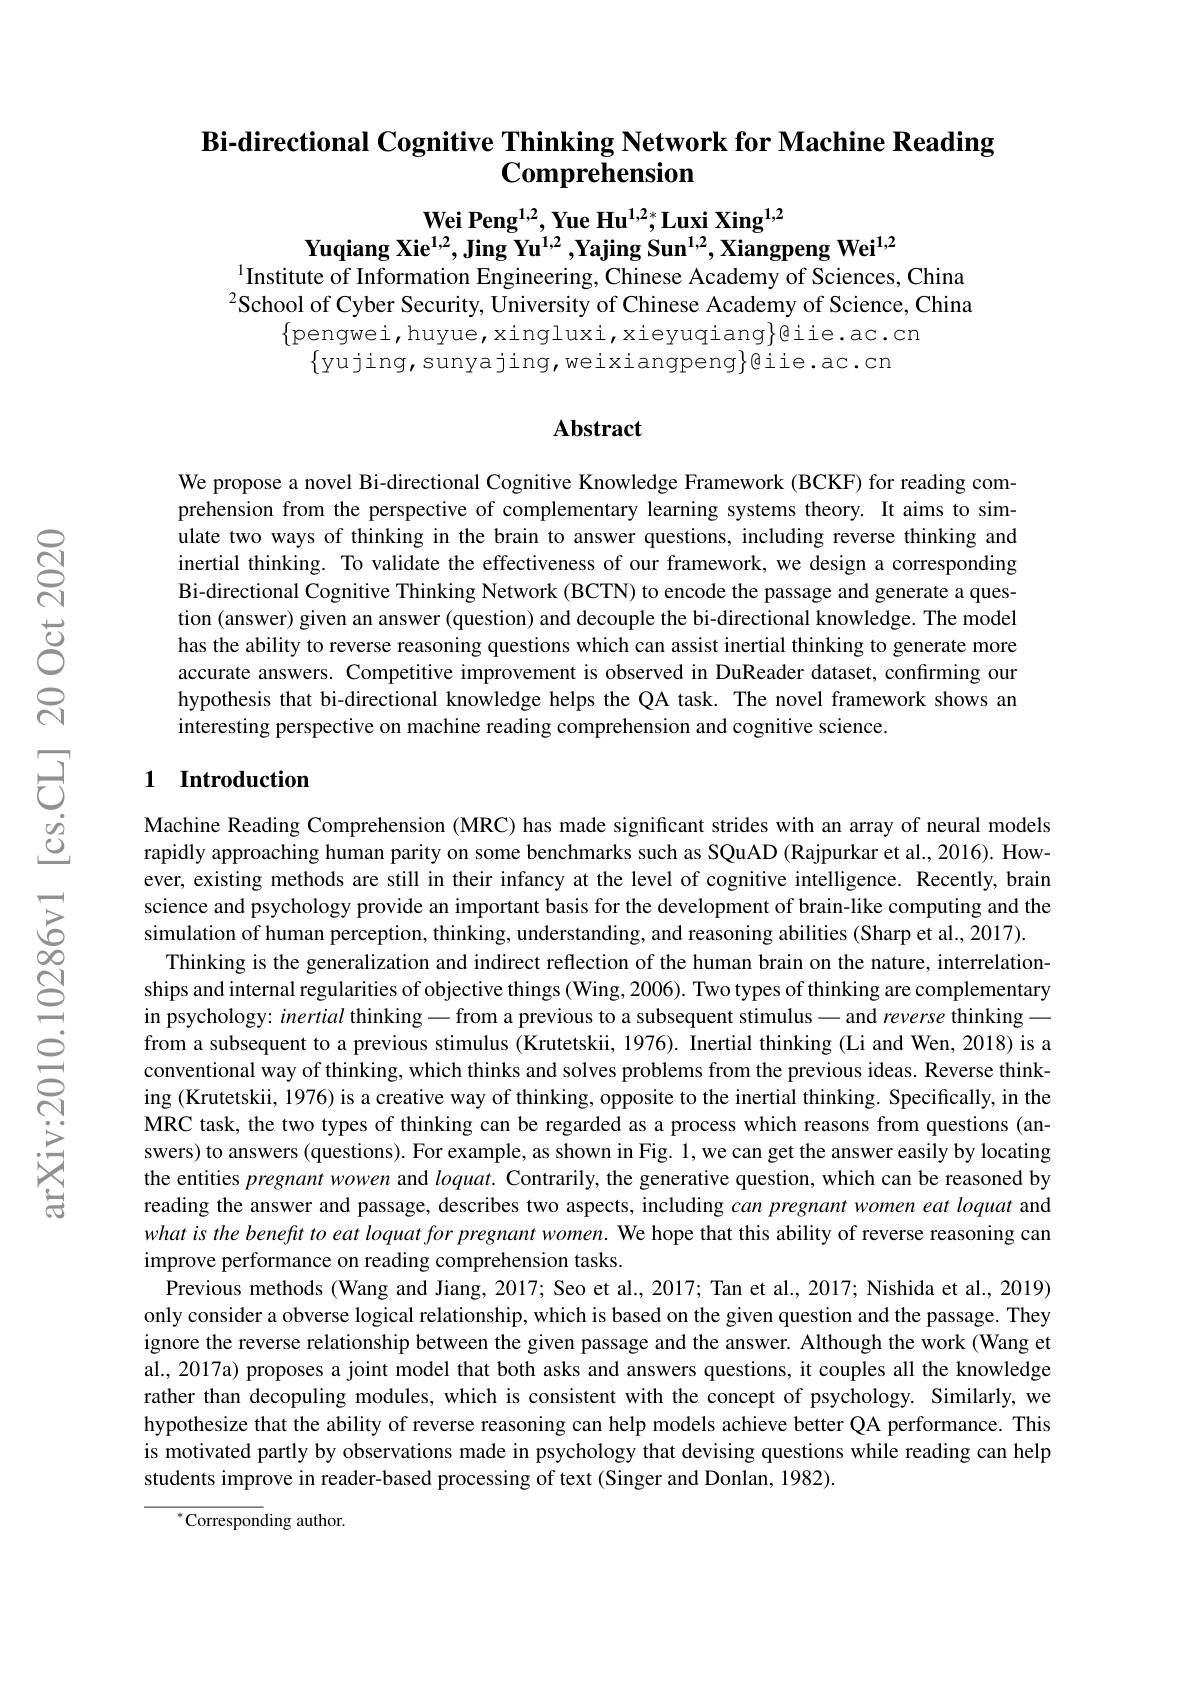
# Bi-directional Cognitive Thinking Network for Machine Reading $\mathbf{Comprehension}$

Wei Peng$^{1,2}$,Yue Hu$^{1,2*}$,Luxi Xing$^{1,2}$
Yuqiang Xie$^{1,2},\textbf{Jing Yu}^{1,2}$,Yajing Sun$^1,2$,Xiangpeng Wei$^{1,2}$
$^{1}$Institute of Information Engineering, Chinese Academy of Sciences, China

$^{2}$School of Cyber Security, University of Chinese Academy of Science, China
$\{$pengwei,huyue,xingluxi,xieyuqiang$\}$giie.ac.cn
$\{$yujing,sunyajing,weixiangpeng$\}$@iie.ac.cn

## Abstract

We propose a novel Bi-directional Cognitive Knowledge Framework (BCKF) for reading comprehension from the perspective of complementary learning systems theory. It aims to simulate two ways of thinking in the brain to answer questions, including reverse thinking and inertial thinking. To validate the effectiveness of our framework, we design a corresponding Bi-directional Cognitive Thinking Network (BCTN) to encode the passage and generate a question (answer) given an answer (question) and decouple the bi-directional knowledge. The model has the ability to reverse reasoning questions which can assist inertial thinking to generate more accurate answers. Competitive improvement is observed in DuReader dataset, confırming our hypothesis that bi-directional knowledge helps the QA task. The novel framework shows an interesting perspective on machine reading comprehension and cognitive science.

## 1 Introduction

Machine Reading Comprehension (MRC) has made significant strides with an array of neural models rapidly approaching human parity on some benchmarks such as SQuAD (Rajpurkar et al., 2016). However, existing methods are still in their infancy at the level of cognitive intelligence. Recently, brain science and psychology provide an important basis for the development of brain-like computing and the simulation of human perception, thinking, understanding, and reasoning abilities (Sharp et al., 2017).
Thinking is the generalization and indirect reflection of the human brain on the nature, interrelationships and internal regularities of objective things (Wing, 2006). Two types of thinking are complementary in psychology: inertial thinking-from a previous to a subsequent stimulus-and reverse thinking\_ from a subsequent to a previous stimulus (Krutetskii, 1976). Inertial thinking (Li and Wen, 2018) is a conventional way of thinking, which thinks and solves problems from the previous ideas. Reverse thinking (Krutetskii, 1976) is a creative way of thinking, opposite to the inertial thinking. Specifically, in the MRC task, the two types of thinking can be regarded as a process which reasons from questions (answers) to answers (questions). For example, as shown in Fig. 1,we can get the answer easily by locating the entities pregnant wowen and $loquat.$ Contrarily, the generative question, which can be reasoned by reading the answer and passage, describes two aspects, including can pregnant women eat loquat and what is the benefit to eat loquat for pregnant women. We hope that this ability of reverse reasoning can improve performance on reading comprehension tasks.
Previous methods (Wang and Jiang, 2017; Seo et al., 2017; Tan et al., 2017; Nishida et al., 2019) only consider a obverse logical relationship, which is based on the given question and the passage. They ignore the reverse relationship between the given passage and the answer. Although the work (Wang et al., 2017a) proposes a joint model that both asks and answers questions, it couples all the knowledge rather than decopuling modules, which is consistent with the concept of psychology. Similarly, we hypothesize that the ability of reverse reasoning can help models achieve better QA performance. This is motivated partly by observations made in psychology that devising questions while reading can help students improve in reader-based processing of text (Singer and Donlan, 1982).
$^{*}$Corresponding author.